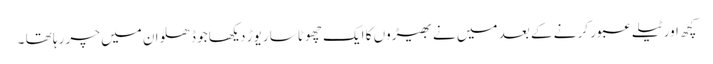
کچھ اور ٹیلے عبور کر نے کے بعد میں نے بھیڑوں کا ایک چھوٹاسا ریوڑ دیکھا جو ڈھلوان میں چر رہا تھا ۔